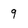
Character: 9